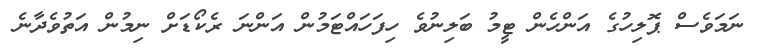
ނަމަވެސް ޕޮލިހުގެ އަންހެން ޓީމު ބަލިނުވެ ހިފަހައްޓަމުން އަންނަ ރެކޯޑަށް ނިމުން އަތުވެދާނެ